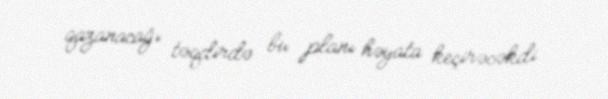
qazanacağı təqdirdə bu planı həyata keçirəcəkdi.